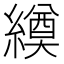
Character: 𦅆